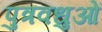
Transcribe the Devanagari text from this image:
पुत्रवधुओं